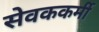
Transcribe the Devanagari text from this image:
सेवककर्मी